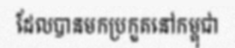
ដែលបានមកប្រកួតនៅកម្ពុជា